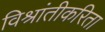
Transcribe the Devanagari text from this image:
विश्रांतीकरिता